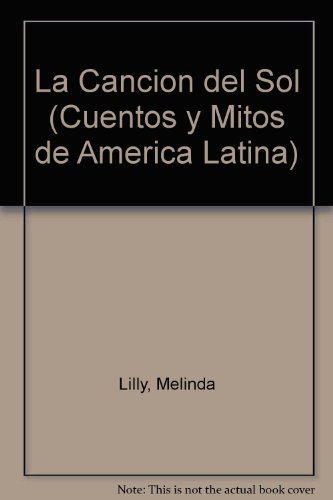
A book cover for La Cancion del Sol (Cuentos y Mitos de America Latina) (Spanish Edition); Melinda Lilly; Children's Books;